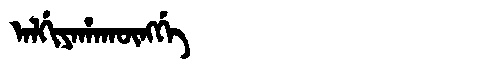
Manchu: ᠠᠯᡤᡳᠶᠠᡥᠠᡴᡡᠩᡤᡝ
Romanization: ALGIYAHAKŪNGGE